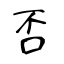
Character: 否